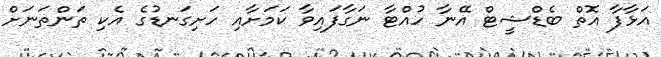
އަޅާފާ އޮތް ބެޑްޝީޓް އޭނާ ހުއްޓާ ނަގާފައިވާ ކަމަށާއި ހަށިގަނޑުގެ އެކި ތަންތަނަށް